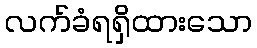
လက်ခံရရှိထားသော